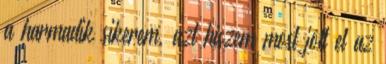
a harmadik sikerem, azt hiszem most jött el az